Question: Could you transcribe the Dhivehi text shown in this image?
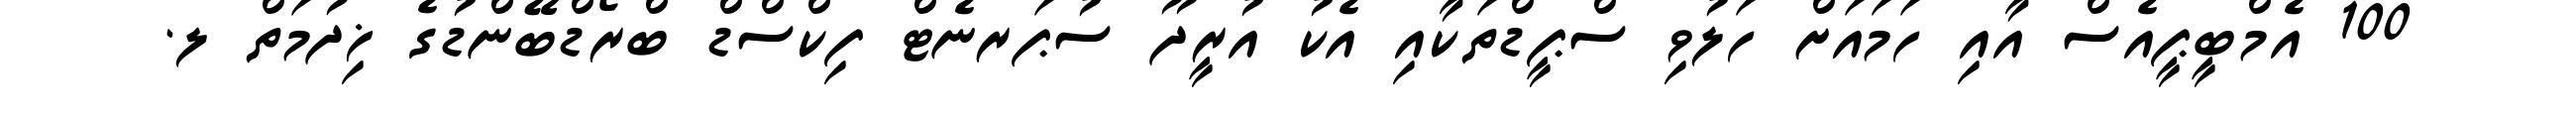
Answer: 100 އެމްބީޕީއެސް އާއި ހަމައަށް ހަލުވި ސްޕީޑްތަކާއި އެކު އުރީދޫ ސުޕަރނެޓް ފިކްސްޑް ބްރޯޑްބޭންޑުގެ ޚިދުމަތް ލ.